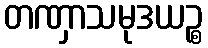
တဏှာသမုဒယဉ္စ